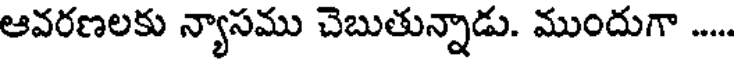
ఆవరణలకు న్యాసము చెబుతున్నాడు. ముందుగా .....